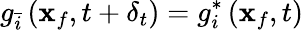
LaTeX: g_{\bar{i}}\left(\mathbf{x}_{f},t+\delta_{t}\right)=g_{i}^{*}\left(\mathbf{x}_{f},t\right)